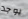
يوجد